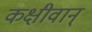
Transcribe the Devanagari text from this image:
कक्षीवान्‌